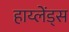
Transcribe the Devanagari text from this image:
हाय्लेंड्स